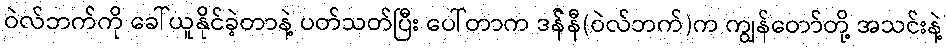
ဝဲလ်ဘက်ကို ခေါ်ယူနိုင်ခဲ့တာနဲ့ ပတ်သတ်ပြီး ပေါ်တာက ဒန််နီ(ဝဲလ်ဘက်)က ကျွန်တော်တို့ အသင်းနဲ့